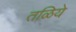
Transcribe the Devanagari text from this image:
तळिये